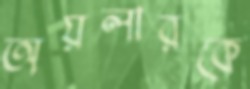
অয়লারকে